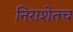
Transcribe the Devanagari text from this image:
निराशेतच